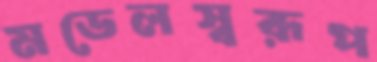
মডেলস্বরূপ